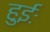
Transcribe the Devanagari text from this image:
हुईः